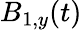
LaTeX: B_{1,y}(t)